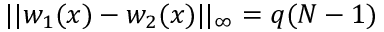
| | w _ { 1 } ( x ) - w _ { 2 } ( x ) | | _ { \infty } = q ( N - 1 )